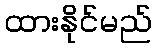
ထားနိုင်မည်